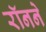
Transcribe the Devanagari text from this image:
रॉनने